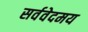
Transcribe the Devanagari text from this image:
सर्ववेदमय